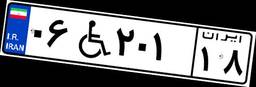
۸۸W۹۰۹۸۸